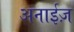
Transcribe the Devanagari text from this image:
अनाईज़